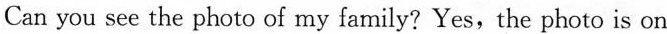
Can you see the photo of my family? Yes, the photo is on